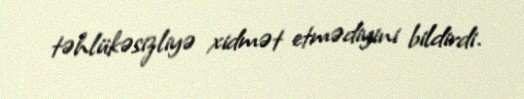
təhlükəsizliyə xidmət etmədiyini bildirdi.